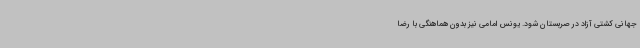
جهانی کشتی آزاد در صربستان شود. یونس امامی نیز بدون هماهنگی با رضا